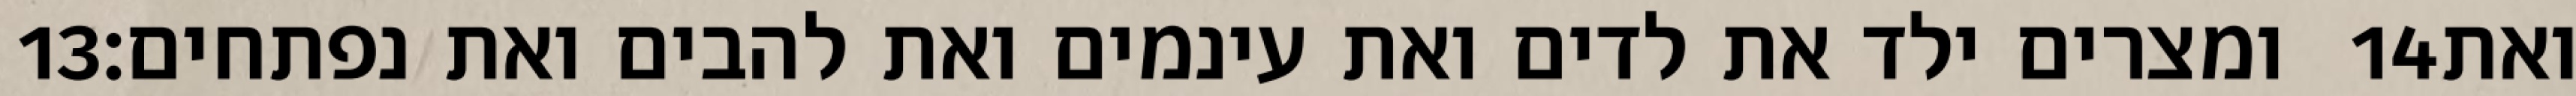
‎13‏ ומצרים ילד את לדים ואת עינמים ואת להבים ואת נפתחים׃ ‎14‏ ואת